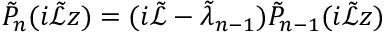
\tilde { P } _ { n } ( i \tilde { \mathcal { L } } z ) = ( i \tilde { \mathcal { L } } - \tilde { \lambda } _ { n - 1 } ) \tilde { P } _ { n - 1 } ( i \tilde { \mathcal { L } } z )